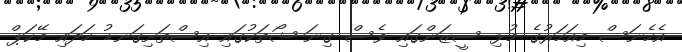
އެހެނަސް މިއަހަރުގެ މުޅި ސީޒަންގައި ވެސް ގިނަ ޝޯތަކުގައި އިސްތަށިގަނޑު ހަދައި މޭކަޕް